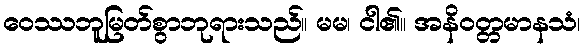
ဝေဿဘူမြတ်စွာဘုရားသည်။ မမ၊ ငါ၏။ အနိဝတ္တမာနသံ၊